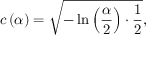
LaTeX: c \left( \alpha \right) = { \sqrt { - \ln \left( { \frac { \alpha } { 2 } } \right) \cdot { \frac { 1 } { 2 } } } } ,